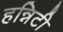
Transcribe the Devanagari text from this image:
हन्निटी